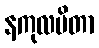
နကုလပိတာ